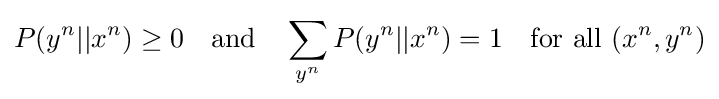
P(y^{n}||x^{n})\geq 0\quad {\text{and}}\quad \sum _{y^{n}}P(y^{n}||x^{n})=1\quad {\text{for all }}(x^{n},y^{n})